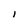
Character: l